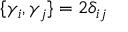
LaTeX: \{ \gamma _ { i } , \gamma _ { j } \} = 2 \delta _ { i j }